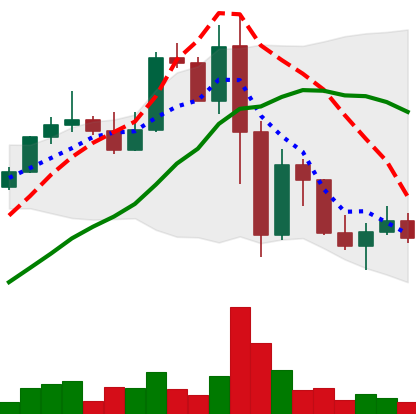
Ticker: LINK-USD
Chart end date: 2022-11-16
Forward return: -5.139%
Label: down_5_7